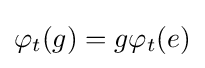
\varphi _{t}(g)=g\varphi _{t}(e)